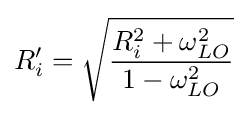
R_{i}'={\sqrt {\frac {R_{i}^{2}+\omega _{LO}^{2}}{1-\omega _{LO}^{2}}}}